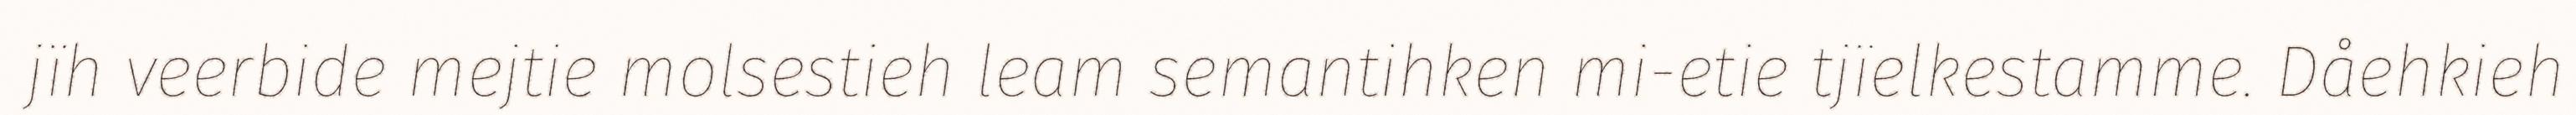
jïh veerbide mejtie molsestieh leam semantihken mi-etie tjïelkestamme. Dåehkieh